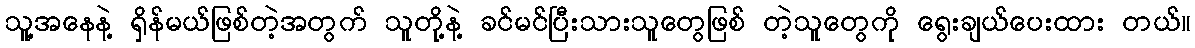
သူ့အနေနဲ့ ရှိန်မယ်ဖြစ်တဲ့အတွက် သူတို့နဲ့ ခင်မင်ပြီးသားသူတွေဖြစ် တဲ့သူတွေကို ရွေးချယ်ပေးထား တယ်။